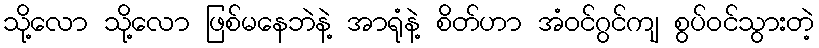
သို့လော သို့လော ဖြစ်မနေဘဲနဲ့ အာရုံနဲ့ စိတ်ဟာ အံဝင်ဂွင်ကျ စွပ်ဝင်သွားတဲ့